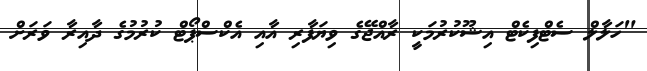
"ހަލާލް ސެޓްފިކެޓް އިޝޫކުރުމަކީ ރާއްޖޭގެ ވިޔަފާރި އާއި އެކްސްޕޯޓް ކުރުމުގެ ދާއިރާ ވަރަށް